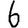
Digit: 6